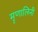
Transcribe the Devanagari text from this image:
मृृणालिनी